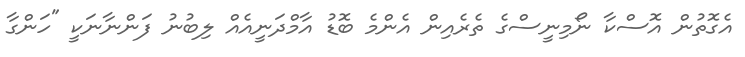
އެގޮތުން އޮސްކާ ނޯމިނީސްގެ ތެރެއިން އެންމެ ބޮޑު އާމްދަނީއެއް ލިބުނު ފަންނާނަކީ "ހަންގާ